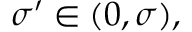
\sigma ^ { \prime } \in ( 0 , \sigma ) ,